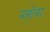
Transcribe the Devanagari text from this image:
मसोबा